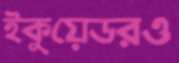
ইকুয়েডরও